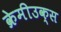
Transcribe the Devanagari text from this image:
क्रेमीउक्स